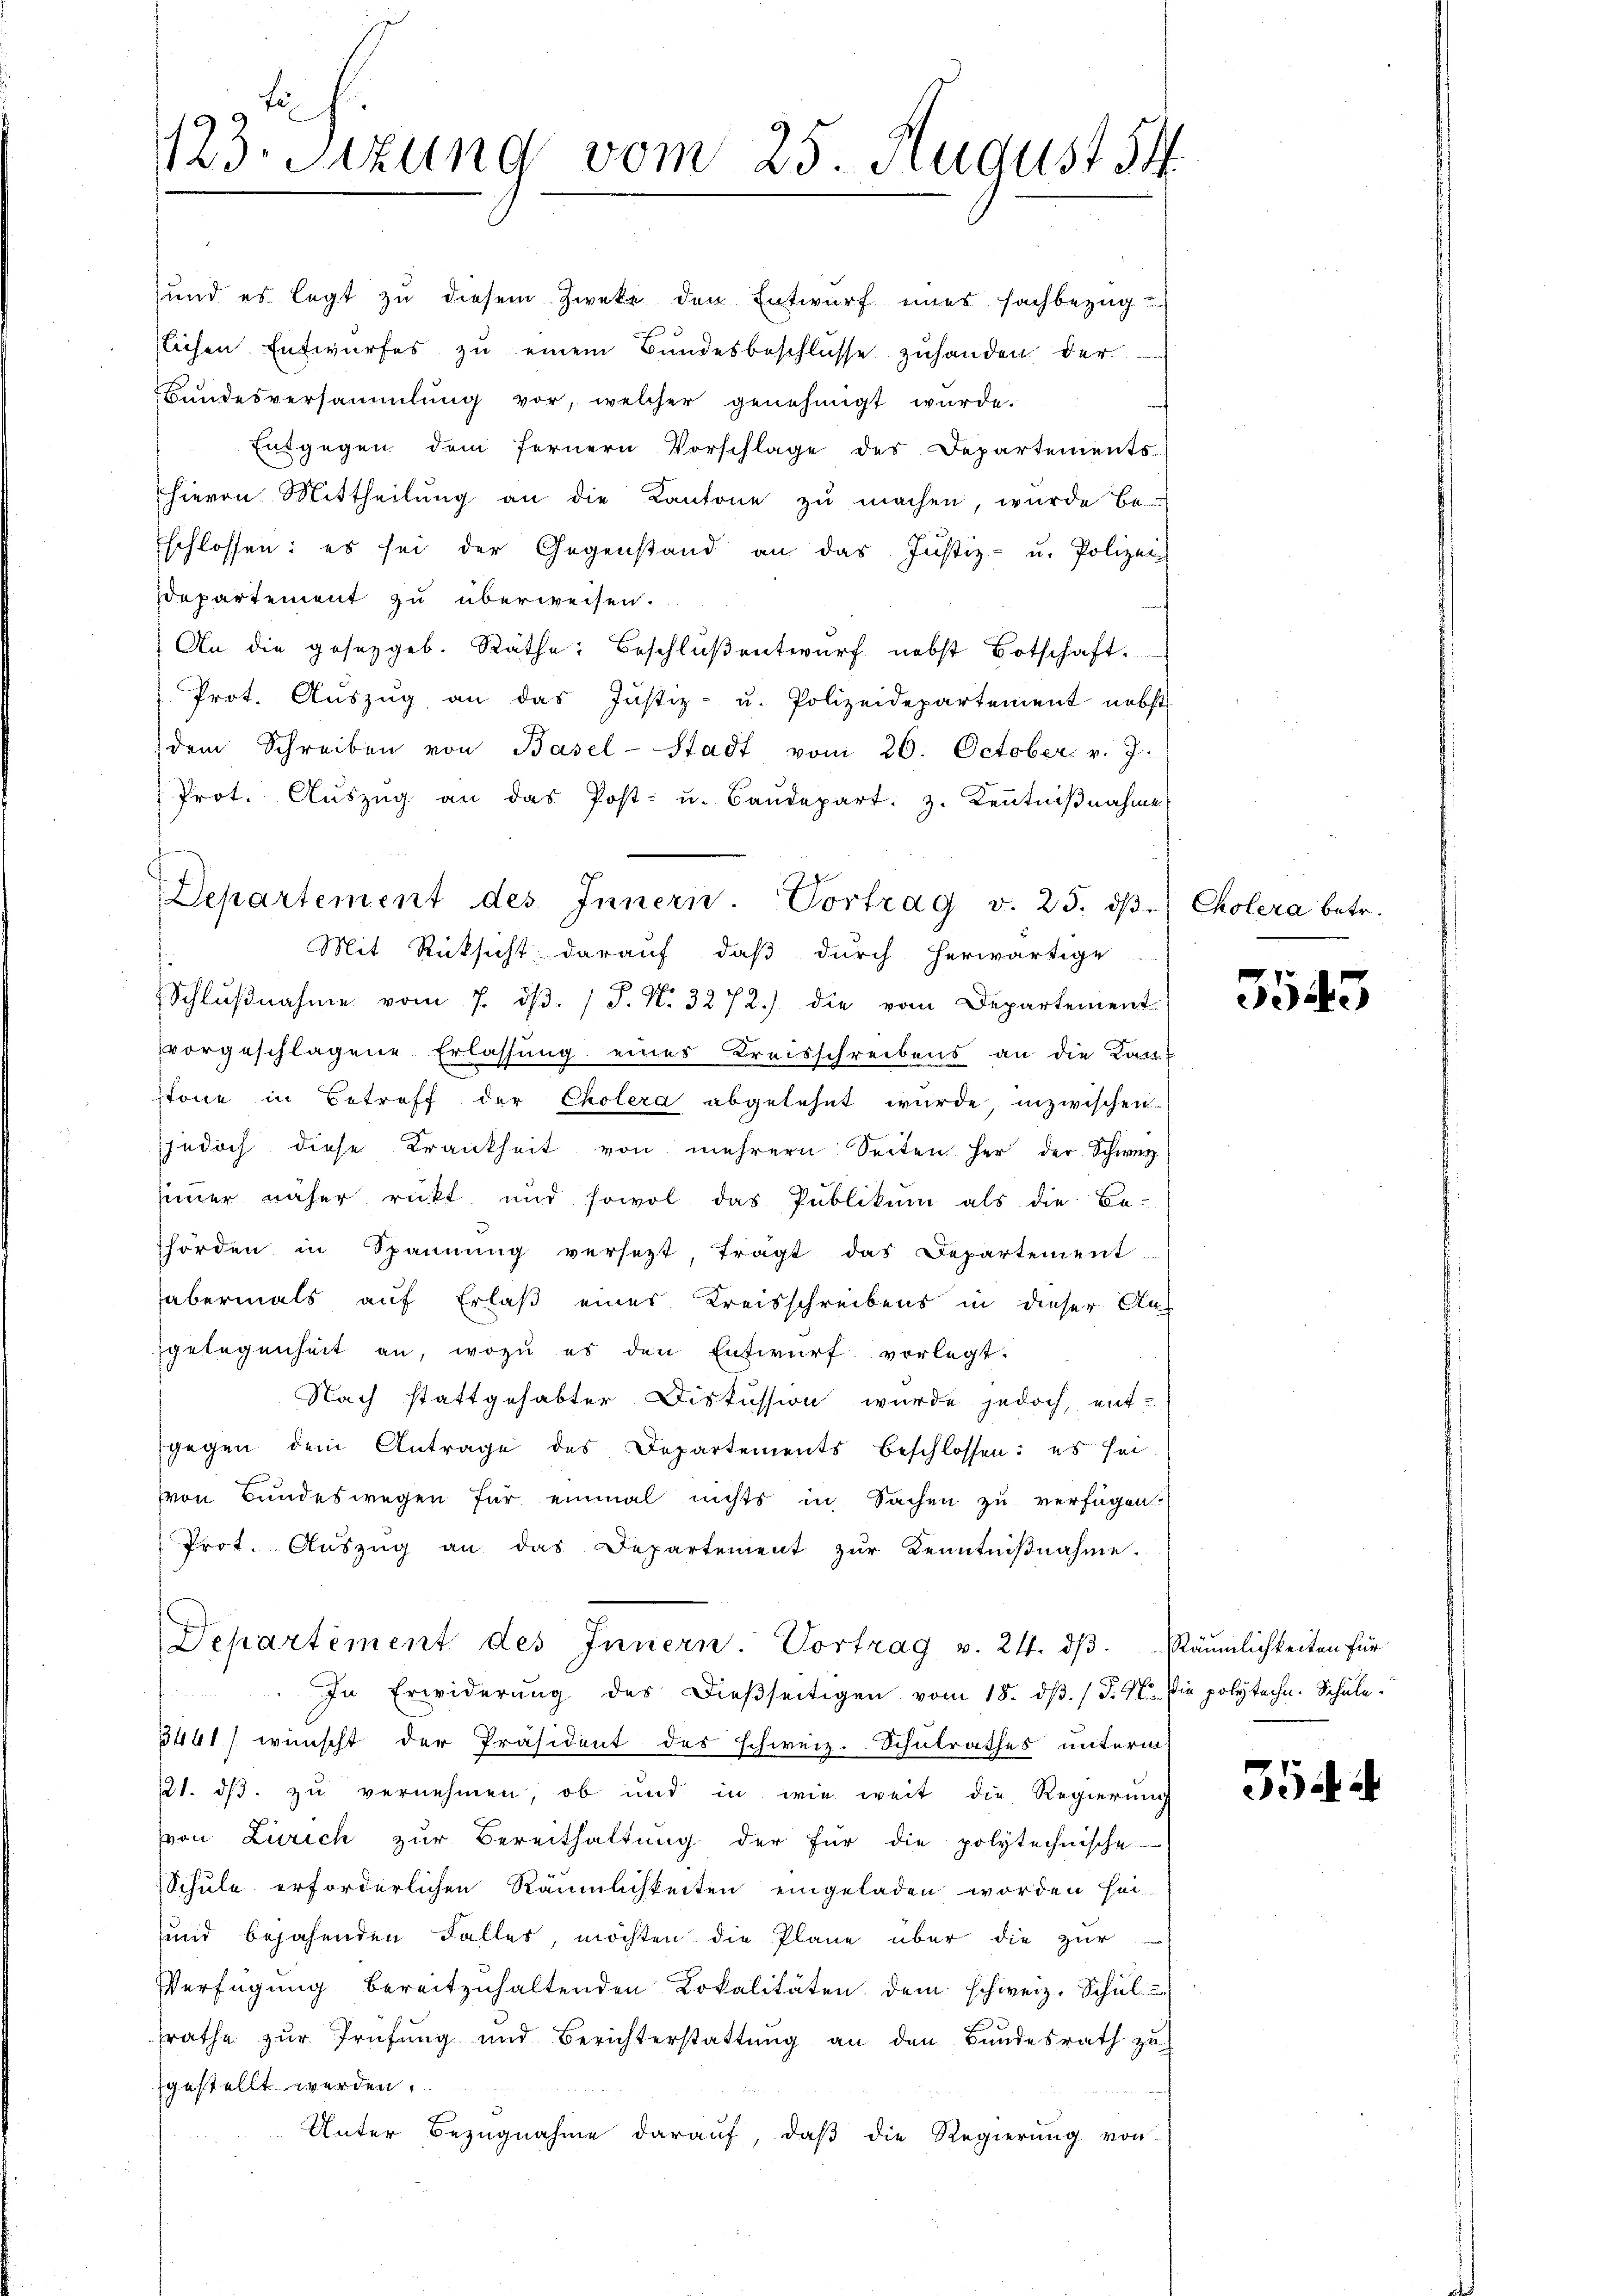
123. Sitzung vom 25. August 84

Departement des Innern. Vortrag v. 25. dβ.
Mit Rücksicht darauf, daß durch herwärtige
Schlŭβnahme vom 7. dβ. / P. Nr. 3272.) die vom Departement

und es legt zŭ diesem Zweke den Entwurf eines Fachbezüg-
slichen Entwurfes zu einem Bundesbeschlüsse zuhanden, der
Bundesversammlung vor, welcher genehmigt wurde.
Entgegen dem fernern Vorschlage des Departements-
hievon Mittheilŭng an die Kantone zŭ machen, wurde be-
Eschlossen: es sei der Gegenstand an das Justiz- u. Polizei
departement zu überweisen.
An die gesetzgeb. Räthe: Beschluß entwurf nebst Botschaft.
Prot. Auszug an das Justiz- u. Polizeidepartement nebst
dem Schreiben von Basel-Stadt vom 26. October v. J.
Prot. Aŭszŭg an das Post- u. Baŭdepart. 3. Keṅtniβnahme
vorgeschlagene Erlassung eines Kreisschreibens an die Kan-
tone in Betreff der Cholera abgelehnt wurde, inzwischen
jedoch diese Krankheit von mehrern Seiten her der Schwerz
simmer näher rückt, und sowol das Publikum als die Be-
hörden in Spannung versetzt tragt das Departement
abermals auf Erlaß eines Kreisschreibens in dieser An
gelegenheit an, wozu es den Entwurf vorlegt.
Nach stattgehabter Diskussion wurde jedoch, ent-
gegen dem Antrage des Departements beschlossen: es sei
von Bundeswegen für einmal nichts in Sachen zu verfügen:
Prot. Aŭszŭg an das Departement zŭr Kenntniβnahme.
Departement des Innern. Vortrag v. 24. dβ. Räumlichkeiten für
In Erwiderŭng des Dieβseitigen vom 18. dβ. / §. 47. Die polytechn. Schule.
3441) wünscht der Präsident des schweiz. Schulrathes unterm
221. ds. zu vernehmen, ob und in wie weit die Regierung
von Zürich zur Bereithaltung der für die polytechnische
Schule erforderlichen Räumlichkeiten eingeladen worden hei-
und bejahenden Falles, möchten die Pläne über die zur
Verfügung bereitzuhaltenden Lokalitäten dem schweiz. Schul
srathe zur Prüfung und Berichterstattŭng an den Bundesrath zu
gestellt werden.
Unter Bezugnahme darauf, daß die Regierung von

Cholera betr.

3543

3öd.